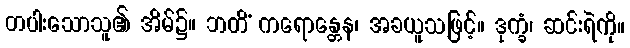
တပါးသောသူ၏ အိမ်၌။ ဘတိံ ကရောန္တေန၊ အခယူသဖြင့်။ ဒုက္ခံ၊ ဆင်းရဲကို။